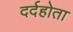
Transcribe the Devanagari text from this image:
दर्दहोता